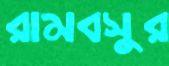
রামবসুর